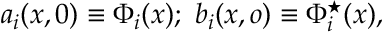
a _ { i } ( x , 0 ) \equiv \Phi _ { i } ( x ) ; \ b _ { i } ( x , o ) \equiv \Phi _ { i } ^ { \star } ( x ) ,